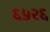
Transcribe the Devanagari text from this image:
६५२६